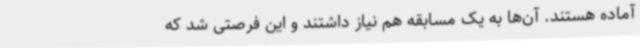
آماده هستند. آن‌ها به یک مسابقه هم نیاز داشتند و این فرصتی شد که